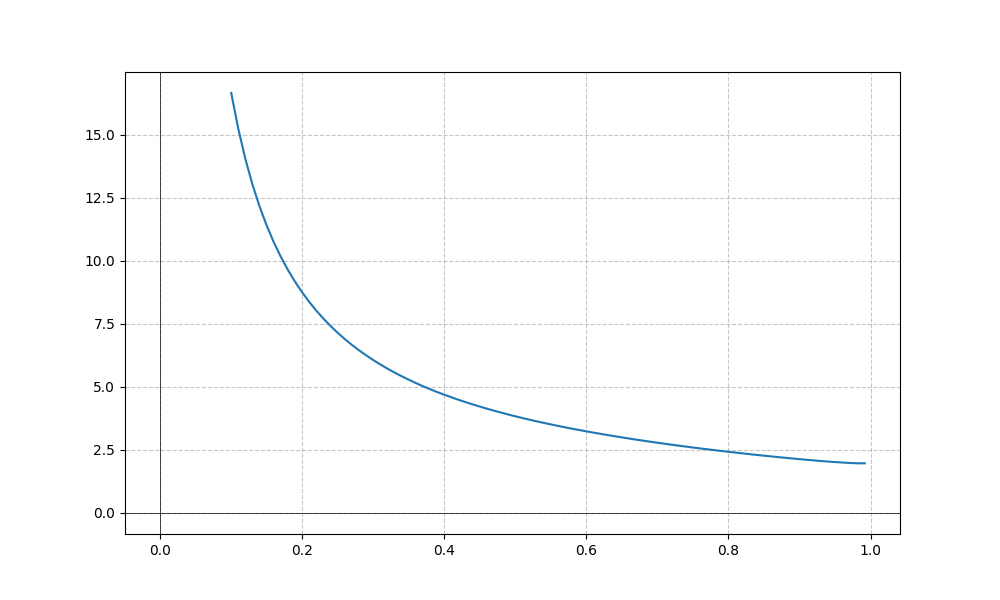
LaTeX formula: \cot{\left(x \right)} \operatorname{acos}{\left(- x \right)}